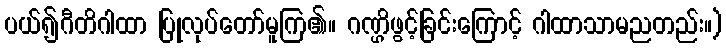
ပယ်၍ဂီတိဂါထာ ပြုလုပ်တော်မူကြ၏။ ဂဏ္ဌိဖွင့်ခြင်းကြောင့် ဂါထာသာမညတည်း။)